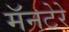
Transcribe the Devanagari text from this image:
मॅनटेरे